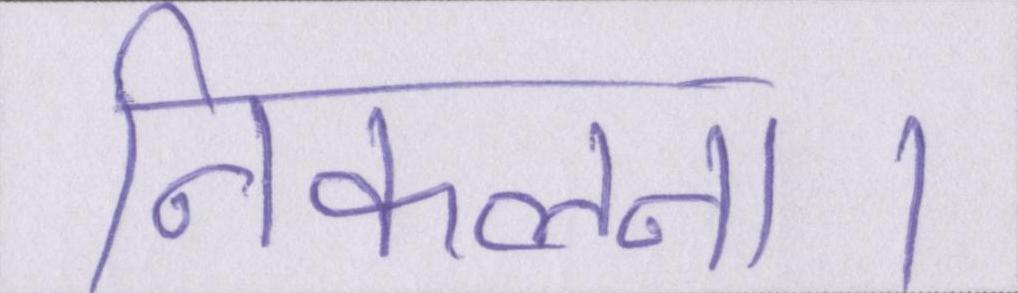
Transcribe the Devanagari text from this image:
निकलना।